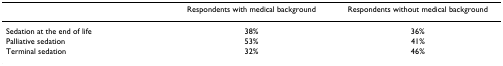
<table><thead><tr><td></td><td><b>Respondents with medical background</b></td><td><b>Respondents without medical background</b></td></tr></thead><tbody><tr><td>Sedation at the end of life</td><td>38%</td><td>36%</td></tr><tr><td>Palliative sedation</td><td>53%</td><td>41%</td></tr><tr><td>Terminal sedation</td><td>32%</td><td>46%</td></tr></tbody></table>